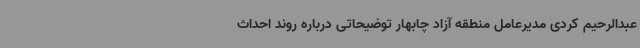
عبدالرحیم کردی مدیرعامل منطقه آزاد چابهار توضیحاتی درباره روند احداث